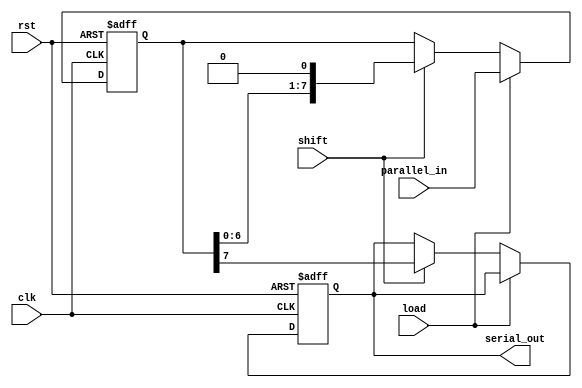
module dynamic_piso_register #(
    parameter N = 8  // Width of the register (number of bits)
) (
    input wire [N-1:0] parallel_in,  // Parallel input lines
    input wire load,                  // Load signal
    input wire shift,                 // Shift signal
    input wire clk,                   // Clock signal
    input wire rst,                   // Reset signal
    output reg serial_out             // Serial output
);

    reg [N-1:0] shift_reg;  // Shift register to hold the data

    // Asynchronous reset
    always @(posedge clk or posedge rst) begin
        if (rst) begin
            shift_reg <= {N{1'b0}};  // Clear all bits to 0
            serial_out <= 1'b0;      // Clear serial output
        end else if (load) begin
            shift_reg <= parallel_in; // Load parallel data
        end else if (shift) begin
            serial_out <= shift_reg[N-1];   // Output the MSB
            shift_reg <= {shift_reg[N-2:0], 1'b0}; // Shift left
        end
    end

endmodule